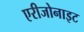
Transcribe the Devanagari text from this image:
एरीजोनाइट